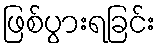
ဖြစ်ပွားရခြင်း